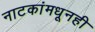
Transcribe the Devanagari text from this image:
नाटकांमधूनही